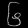
Digit: ၆